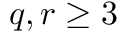
q , r \geq 3